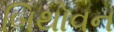
બિથોવન